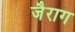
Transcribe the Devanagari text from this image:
जैराग